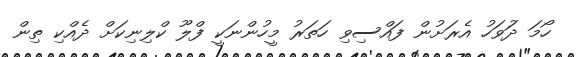
ހޯމަ ދުަވަހު އެރަށުން ފައްސިވި ހަތަރު މީހުންނަކީ ފްލޫ ކްލިނިކަށް ދެއްކި ތިން